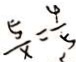
\frac { 5 } { x } = \frac { 4 } { 5 }